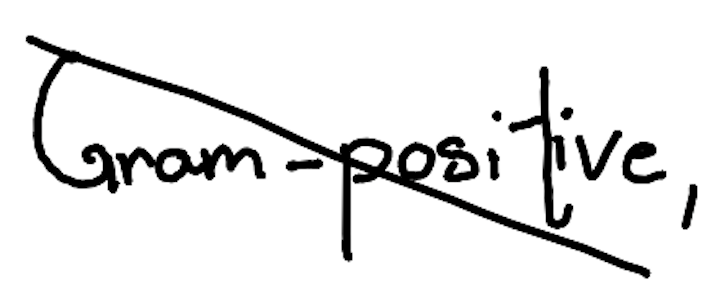
Text: Gram-positive,
Cross-out: diagonal
Writing tool: digital_black